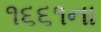
૧૬૬૧ના